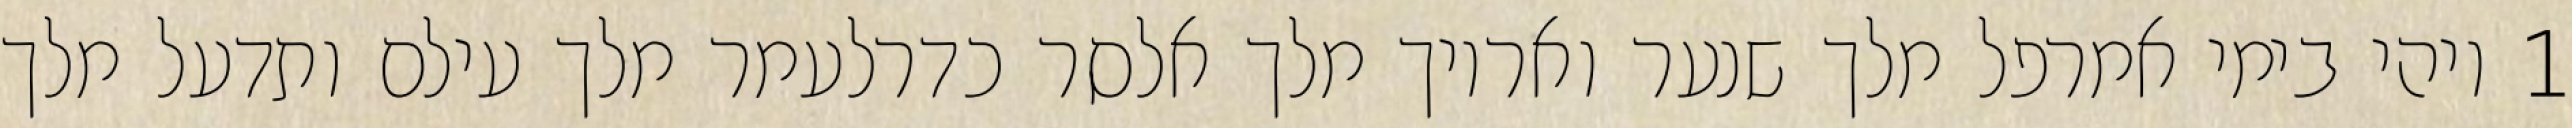
1 ויהי בימי אמרפל מלך שנער ואריוך מלך אלסר כדרלעמר מלך עילם ותדעל מלך